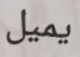
يميل